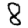
Digit: 8